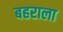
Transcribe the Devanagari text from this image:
बहराला